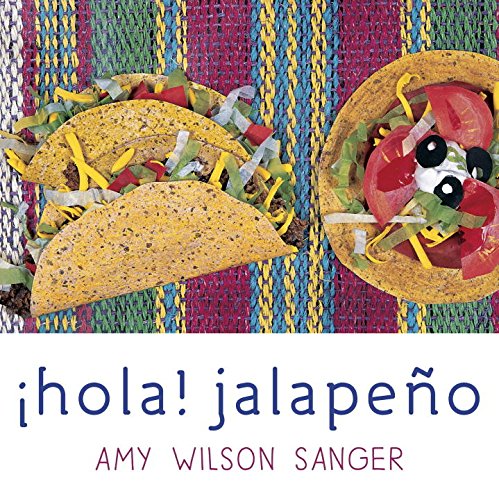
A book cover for Hola! Jalapeno (World Snacks) (Spanish and English Edition); Amy Wilson Sanger; Children's Books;